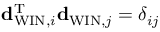
{ \bf d } _ { \mathrm { W I N } , i } ^ { \mathrm { T } } { \bf d } _ { \mathrm { W I N } , j } = \delta _ { i j }